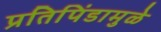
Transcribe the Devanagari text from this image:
प्रतिपिंडामुळे